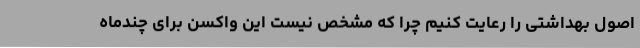
اصول بهداشتی را رعایت کنیم چرا که مشخص نیست این واکسن برای چندماه